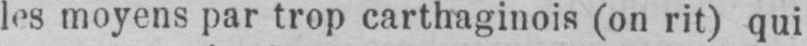
les moyens par trop carthaginois (on rit) qui